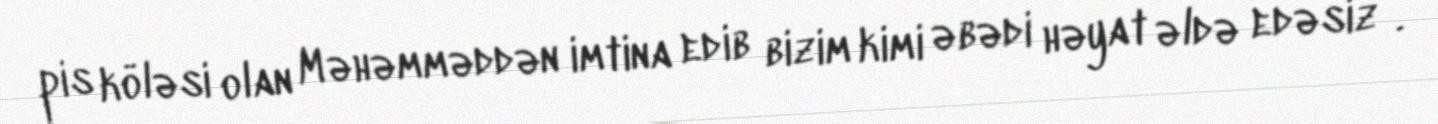
pis köləsi olan Məhəmməddən imtina edib bizim kimi əbədi həyat əldə edəsiz”.